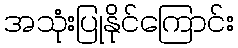
အသုံးပြုနိုင်ကြောင်း